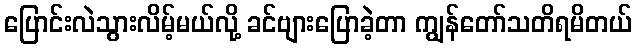
ပြောင်းလဲသွားလိမ့်မယ်လို့ ခင်ဗျားပြောခဲ့တာ ကျွန်တော်သတိရမိတယ်